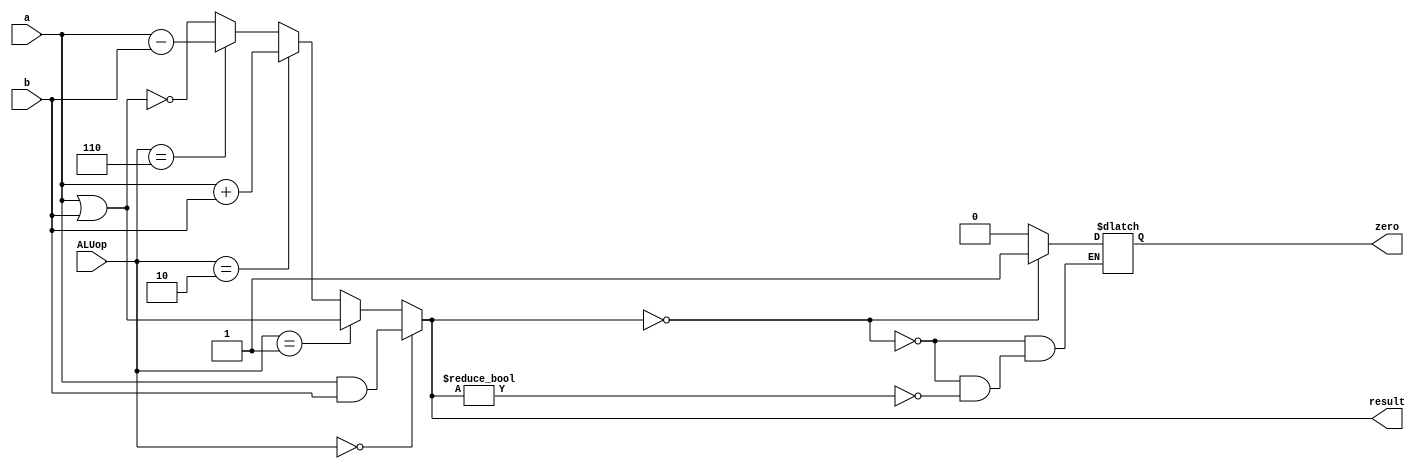
module ALU_64_bit(
        input [63:0] a,b,
        
        input [3:0] ALUop,
        output [63:0] result, 
		output reg zero
      
);

reg [63:0] temp_result; 
assign result = temp_result;

always @(*)
begin
  if (ALUop == 4'b0000) //and
    temp_result = a & b;
    
  else if (ALUop == 4'b0001)//or
    temp_result = a | b;
    
  else if (ALUop == 4'b0010)//add
    temp_result = a + b;  
    
  else if (ALUop == 4'b0110)//sub
    temp_result = a - b;
    
  else
    temp_result = ~(a | b); //nor
	
if (temp_result == 64'b0) 
	zero = 1'b1;
else if (temp_result !=64'b0)
	zero = 1'b0;
end 


	

endmodule